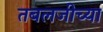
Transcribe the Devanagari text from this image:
तबलजीच्या